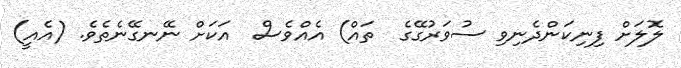
ލޮލަށް ފިނިކަންދެނިވި ސުވަރުގޭގެ  ތައް) އެއްވެސް  އަކަށް ނޭނގޭނެތެވެ. (އެއީ)